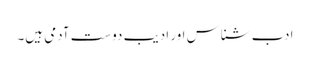
ادب شناس اور ادیب دوست آدمی ہیں۔